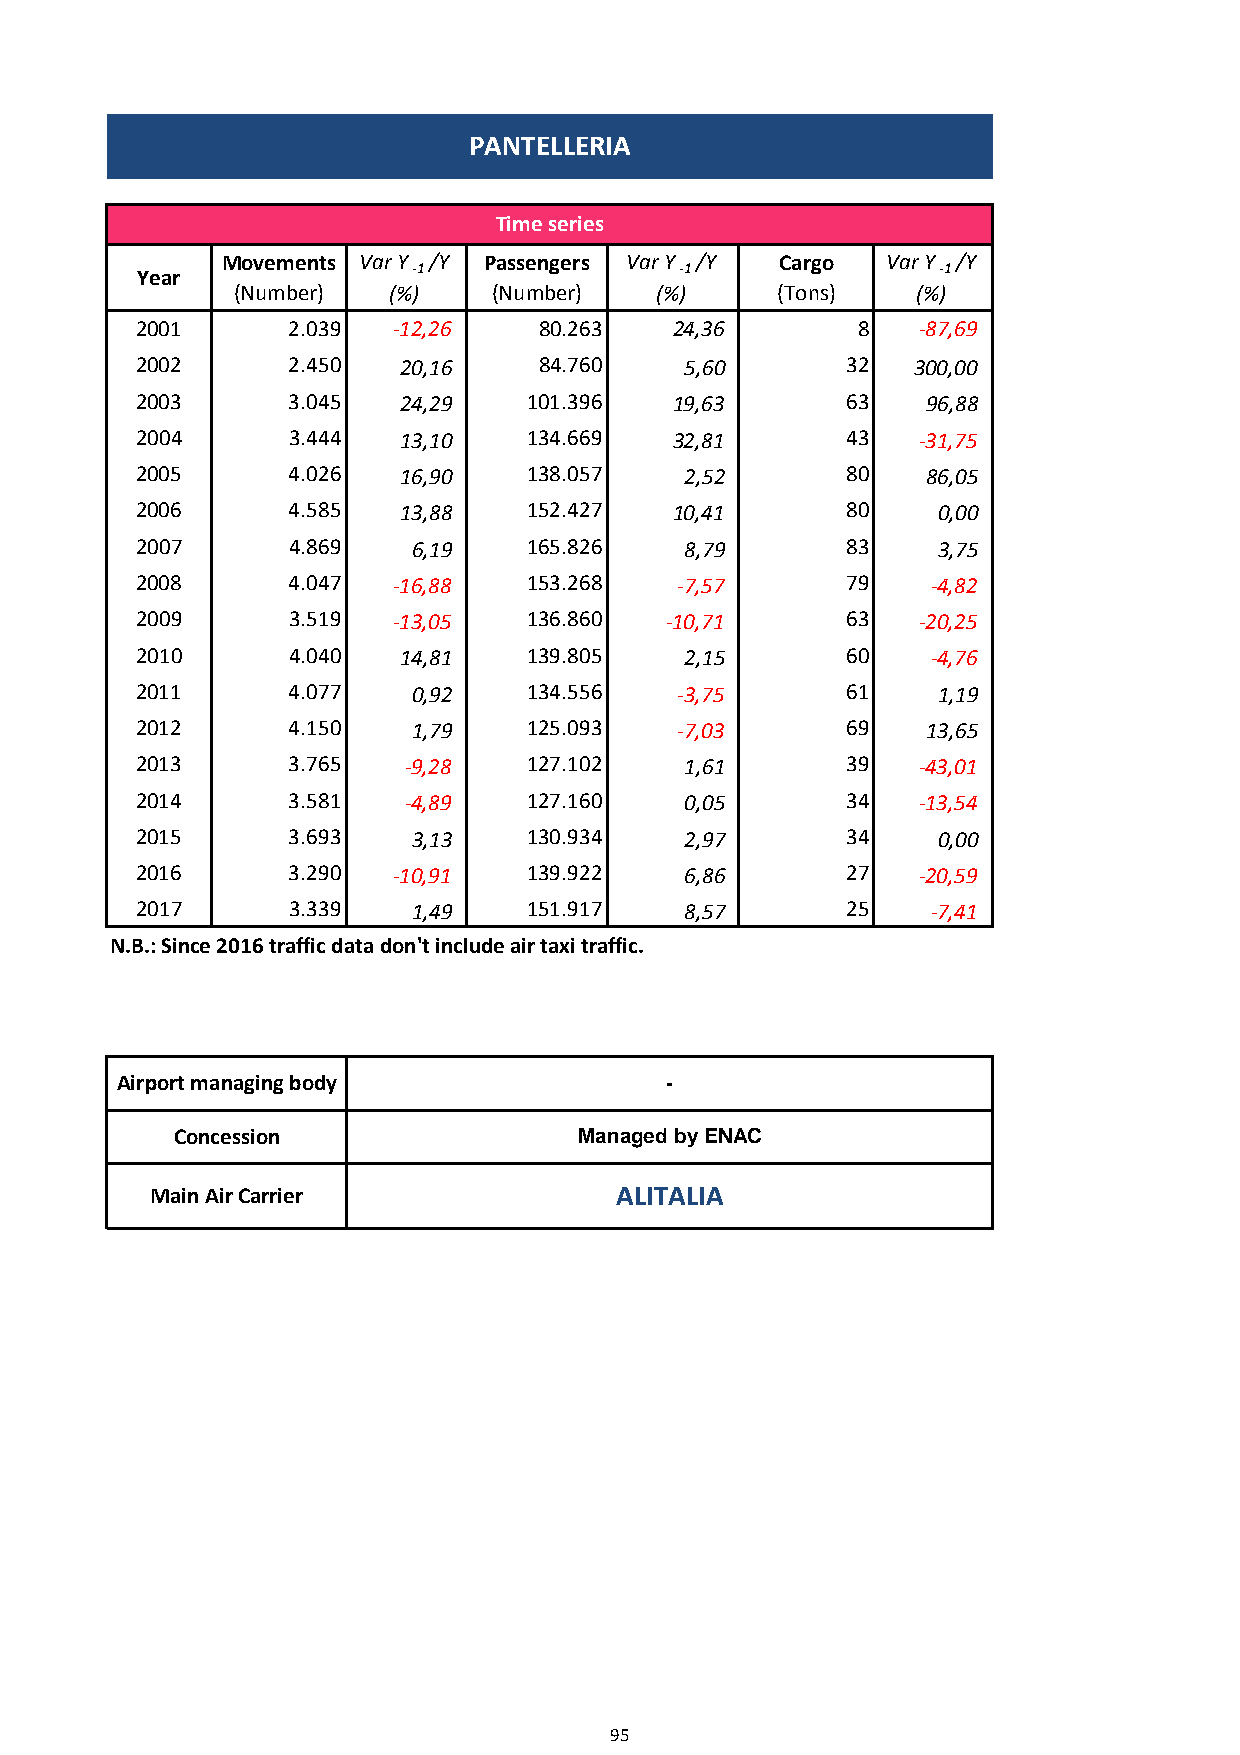
PANTELLERIA
 Time series
 Movements Var Y /Y Passengers Var Y /Y Cargo Var Y /Y
 Year              -1                -1               -1
 (Number)   (%)    (Number)  (%)     (Tons)    (%)
 2001      2.039  -12,26    80.263   24,36       8   -87,69
 2002      2.450  20,16     84.760   5,60       32  300,00
 2003      3.045  24,29    101.396   19,63      63   96,88
 2004      3.444  13,10    134.669   32,81      43   -31,75
 2005      4.026  16,90    138.057   2,52       80   86,05
 2006      4.585  13,88    152.427   10,41      80    0,00
 2007      4.869   6,19    165.826   8,79       83    3,75
 2008      4.047  -16,88   153.268   -7,57      79    -4,82
 2009      3.519  -13,05   136.860  -10,71      63   -20,25
 2010      4.040  14,81    139.805   2,15       60    -4,76
 2011      4.077   0,92    134.556   -3,75      61    1,19
 2012      4.150   1,79    125.093   -7,03      69   13,65
 2013      3.765   -9,28   127.102   1,61       39   -43,01
 2014      3.581   -4,89   127.160   0,05       34   -13,54
 2015      3.693   3,13    130.934   2,97       34    0,00
 2016      3.290  -10,91   139.922   6,86       27   -20,59
 2017      3.339   1,49    151.917   8,57       25    -7,41
 N.B.: Since 2016 traffic data don't include air taxi traffic.
 Airport managing body               -
 Concession                 Managed by ENAC
 Main Air Carrier               ALITALIA
 95